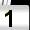
Digit: 1